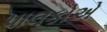
પાલકોએ